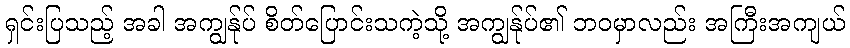
ရှင်းပြသည့် အခါ အကျွန်ုပ် စိတ်ပြောင်းသကဲ့သို့ အကျွန်ုပ်၏ ဘဝမှာလည်း အကြီးအကျယ်